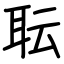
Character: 耺